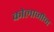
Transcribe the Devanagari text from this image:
कोलाजोन